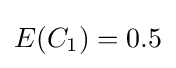
E(C_{1})=0.5